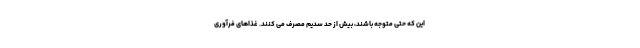
این که حتی متوجه باشند، بیش از حد سدیم مصرف می کنند. غذاهای فرآوری